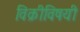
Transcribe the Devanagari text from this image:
विक्रीविषयी